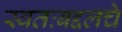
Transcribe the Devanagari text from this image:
स्वतःबद्दलचे